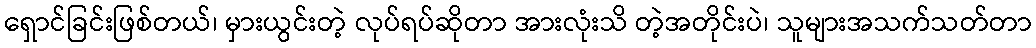
ရှောင်ခြင်းဖြစ်တယ်၊ မှားယွင်းတဲ့ လုပ်ရပ်ဆိုတာ အားလုံးသိ တဲ့အတိုင်းပဲ၊ သူများအသက်သတ်တာ